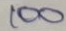
100